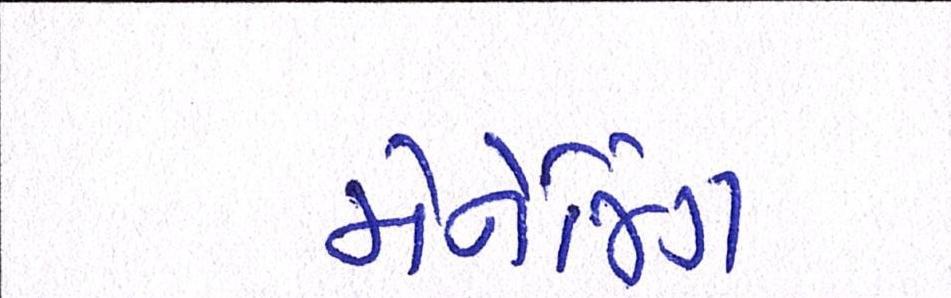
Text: મેનેજિંગ